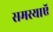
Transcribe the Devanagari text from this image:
समस्याऍ